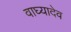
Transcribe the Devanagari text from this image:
वाघ्यादेव